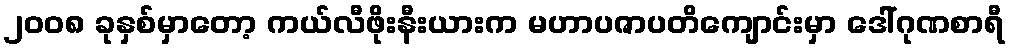
၂၀၀၈ ခုနှစ်မှာတော့ ကယ်လီဖိုးနီးယားက မဟာပဇာပတိကျောင်းမှာ ဒေါ်ဂုဏစာရီ